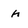
Character: h